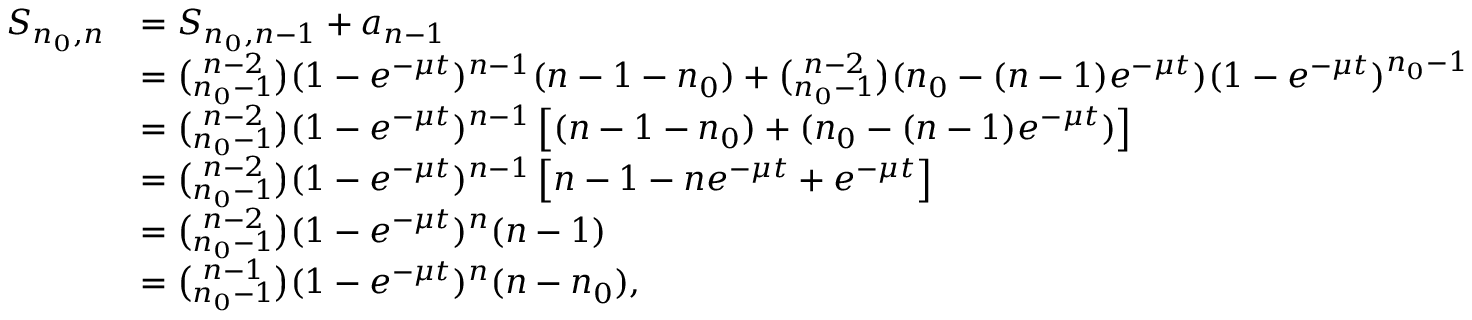
\begin{array} { r l } { S _ { n _ { 0 } , n } } & { = S _ { n _ { 0 } , n - 1 } + a _ { n - 1 } } \\ & { = { \binom { n - 2 } { n _ { 0 } - 1 } } ( 1 - e ^ { - \mu t } ) ^ { n - 1 } ( n - 1 - n _ { 0 } ) + { \binom { n - 2 } { n _ { 0 } - 1 } } ( n _ { 0 } - ( n - 1 ) e ^ { - \mu t } ) ( 1 - e ^ { - \mu t } ) ^ { n _ { 0 } - 1 } } \\ & { = { \binom { n - 2 } { n _ { 0 } - 1 } } ( 1 - e ^ { - \mu t } ) ^ { n - 1 } \left[ ( n - 1 - n _ { 0 } ) + ( n _ { 0 } - ( n - 1 ) e ^ { - \mu t } ) \right] } \\ & { = { \binom { n - 2 } { n _ { 0 } - 1 } } ( 1 - e ^ { - \mu t } ) ^ { n - 1 } \left[ n - 1 - n e ^ { - \mu t } + e ^ { - \mu t } \right] } \\ & { = { \binom { n - 2 } { n _ { 0 } - 1 } } ( 1 - e ^ { - \mu t } ) ^ { n } ( n - 1 ) } \\ & { = { \binom { n - 1 } { n _ { 0 } - 1 } } ( 1 - e ^ { - \mu t } ) ^ { n } ( n - n _ { 0 } ) , } \end{array}